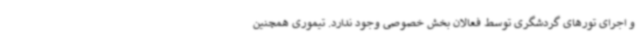
و اجرای تورهای گردشگری توسط فعالان بخش خصوصی وجود ندارد. تیموری همچنین